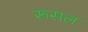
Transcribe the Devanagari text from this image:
रूसल